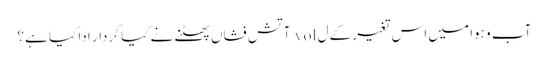
آب و ہوا میں اس تغیر کے ل vol آتش فشاں پھٹنے نے کیا کردار ادا کیا ہے؟